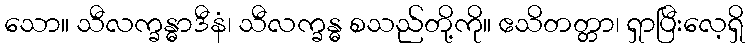
သော။ သီလက္ခန္ဓာဒီနံ၊ သီလက္ခန္ဓ စသည်တို့ကို။ ဧသိတတ္တာ၊ ရှာပြီးလေ့ရှိ